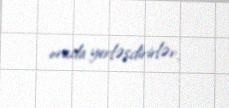
orada yerləşdirirlər.